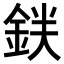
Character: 𬫒